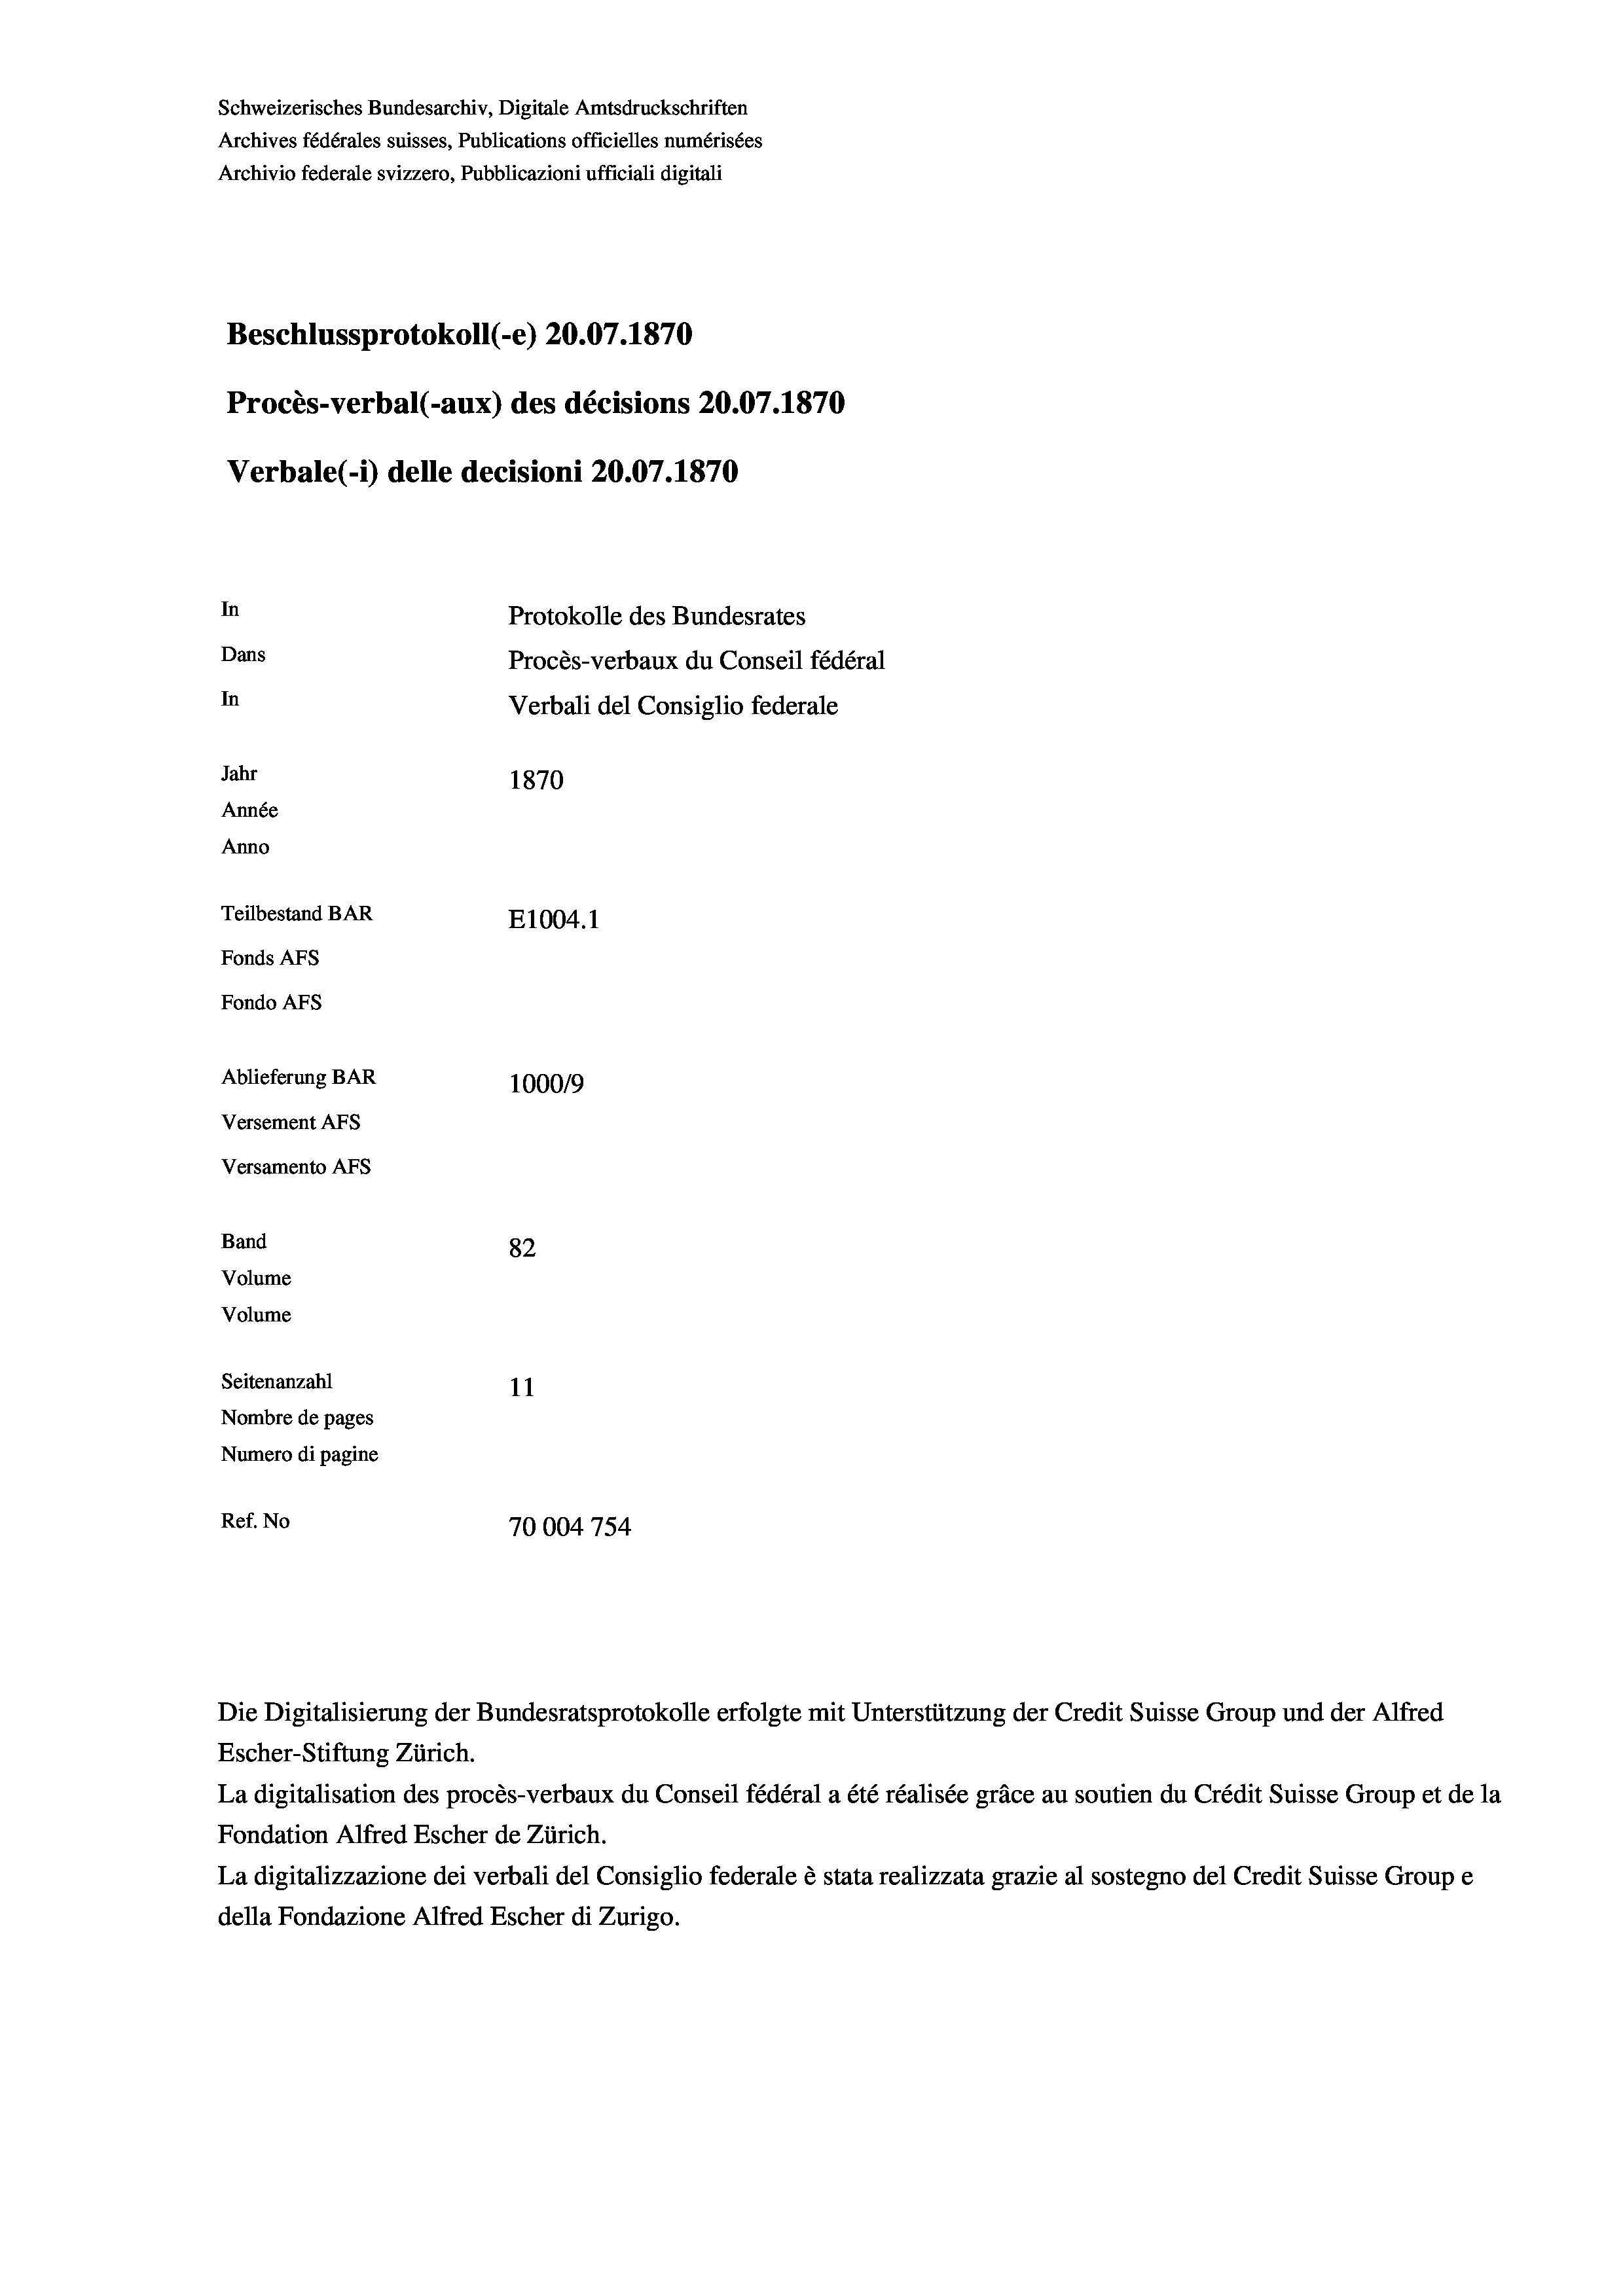
Schweizerisches Bundesarchiv, Digitale Amtsdruckschriften
Archives fédérales suisses, Publications officielles numérisées
Archivio federale svizzero, Pubblicazioni ufficiali digitali
Beschlussprotokoll (-e) 20.07. 1870
Procès-verbal (-aux) des décisions 20.07.1870
Verbale (i) delle decisioni 20.07.1870
In
Protokolle des Bundesrates
Dans
Procès-verbaux du Conseil fédéral
In
Verbali del Consiglio federale
Jahr
1870
Année
Anno
Teilbestand BAR
E1004.1
Fonds AFs
Fondo AFs
Ablieferung BAR
1000/9

Versement AFS
Versamento Afs
Band
Volume
Volume

82
Seitenanzahl
11
Nombre de pages
Numero di pagine
Ref. No
70004754

Die Digitalisierung der Bundesratsprotokolle erfolgte mit Unterstützung der Credit Suisse Group und der Alfred
Escher-Stiftung Zürich.
La digitalisation des procès-verbaux du Conseil fédéral a été réalisée gräce au soutien du Crédit Suisse Group et de la
Fondation Alfred Escher de Zürich.
La digitalizzazione dei verbali del Consiglio federale è stata realizzata grazie al sostegno del Credit Suisse Groupe
della Fondazione Alfred Escher di Zurigo.